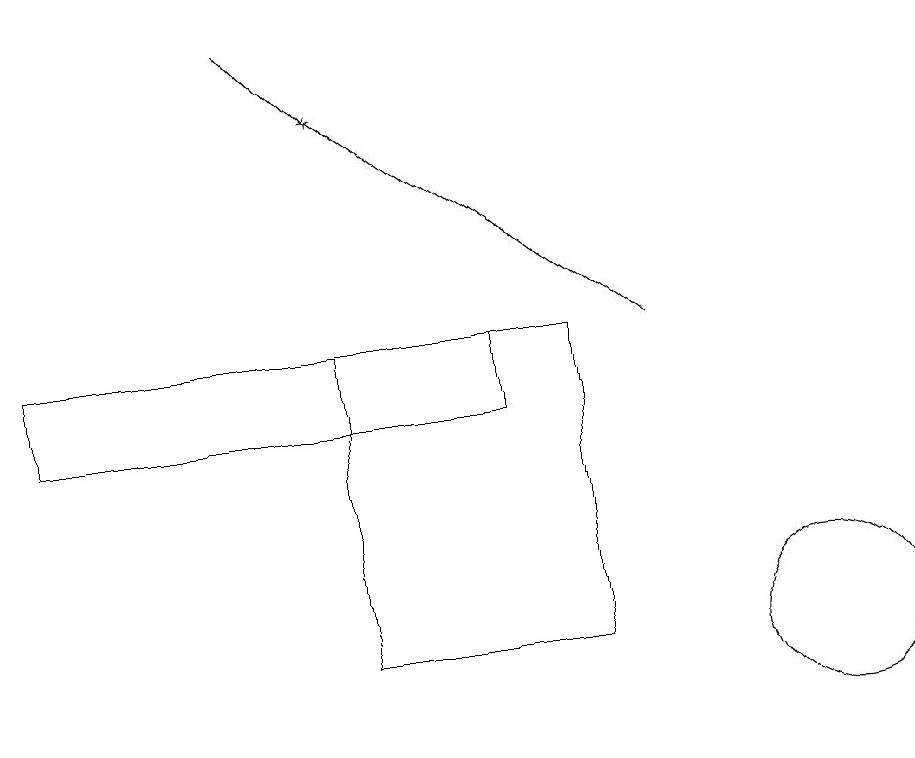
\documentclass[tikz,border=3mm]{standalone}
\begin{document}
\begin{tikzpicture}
\draw (4,15) rectangle (7,11);
\draw[->] (3,19) -- (4,18);
\draw[->] (8,15) -- (4,18);
\draw (6,15) rectangle (0,14);
\draw (10,11) circle (1);
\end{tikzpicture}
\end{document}